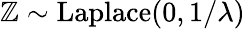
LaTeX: \mathbb{Z}\sim{\textrm{{Laplace}}}(0,1/\lambda)